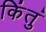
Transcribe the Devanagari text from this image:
किंतुं